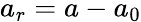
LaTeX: a_{r}=a-a_{0}